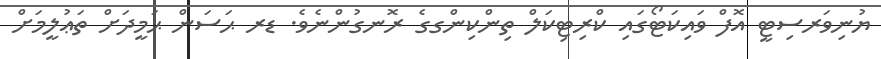
ޔުނިވަރސިޓީ އޮފް ވައިކަޓޯގައި ކްރިޓިކަލް ތިންކިންގގެ ރޮނގުންނެވެ. ޑރ ޙަސަން ޙަމީދަށް ތަޢުލީމަށް